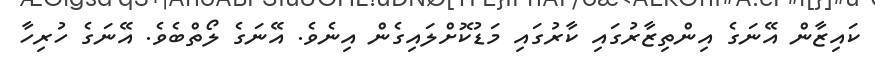
ކައިޒާން އޭނަގެ އިންތިޒާރުގައި ކާރުގައި މަޑުކޮށްލައިގެން އިނެވެ. އޭނަގެ ލޯތްބެވެ. އޭނަގެ ހުރިހާ